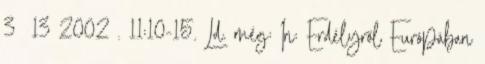
3 13 2002 . 11:10-15. Ld. még: In: Erdélyről Európában